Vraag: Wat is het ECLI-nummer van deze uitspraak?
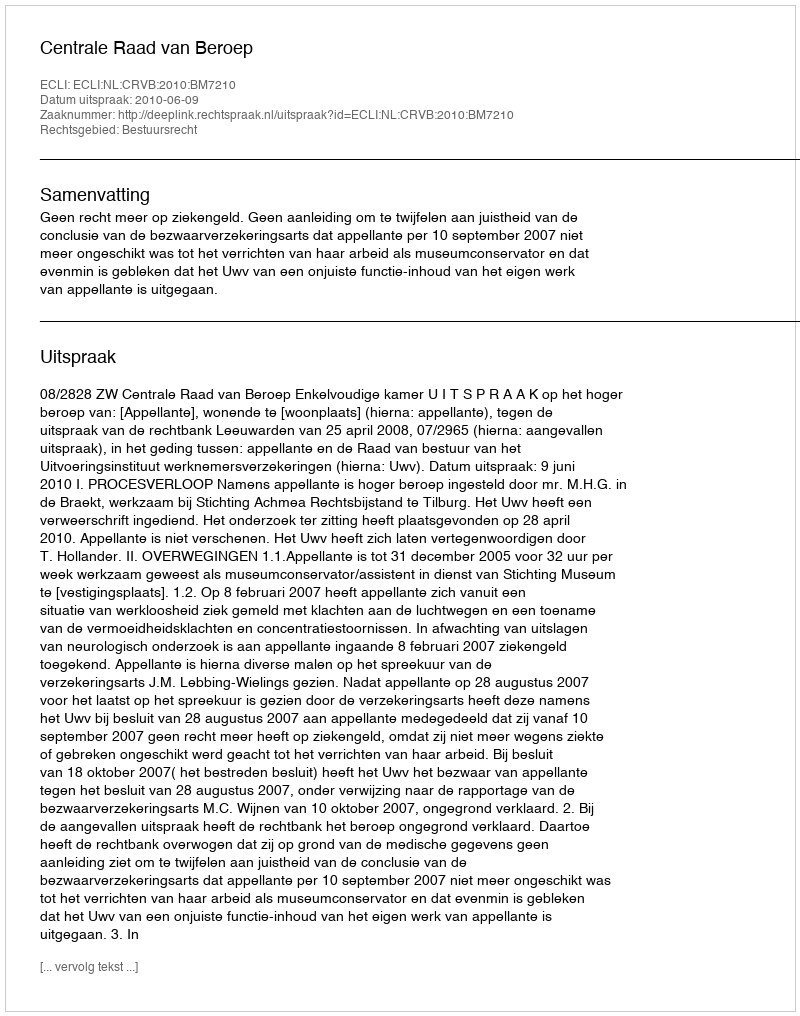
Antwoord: ECLI:NL:CRVB:2010:BM7210